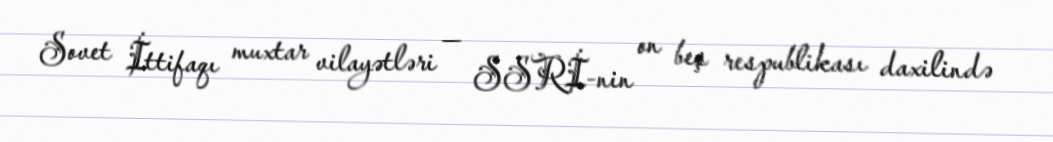
Sovet İttifaqı muxtar vilayətləri — SSRİ-nin on beş respublikası daxilində